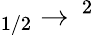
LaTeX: _{1/2}\to\, ^{2}